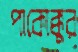
পাকোক্কুর